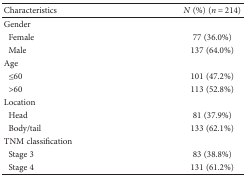
<table><thead><tr><td><b>Characteristics</b></td><td><b><i>N</i> (%) (<i>n</i> = 214)</b></td></tr></thead><tbody><tr><td>Gender</td><td></td></tr><tr><td> Female</td><td>77 (36.0%)</td></tr><tr><td> Male</td><td>137 (64.0%)</td></tr><tr><td>Age</td><td></td></tr><tr><td> ≤60</td><td>101 (47.2%)</td></tr><tr><td> &gt;60</td><td>113 (52.8%)</td></tr><tr><td>Location</td><td></td></tr><tr><td> Head</td><td>81 (37.9%)</td></tr><tr><td> Body/tail</td><td>133 (62.1%)</td></tr><tr><td>TNM classification</td><td></td></tr><tr><td> Stage 3</td><td>83 (38.8%)</td></tr><tr><td> Stage 4</td><td>131 (61.2%)</td></tr></tbody></table>